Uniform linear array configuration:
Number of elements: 24
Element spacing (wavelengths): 0.5
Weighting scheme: blackman
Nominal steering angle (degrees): -45
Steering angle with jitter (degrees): -44.206
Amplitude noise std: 0.05
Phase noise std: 0.05

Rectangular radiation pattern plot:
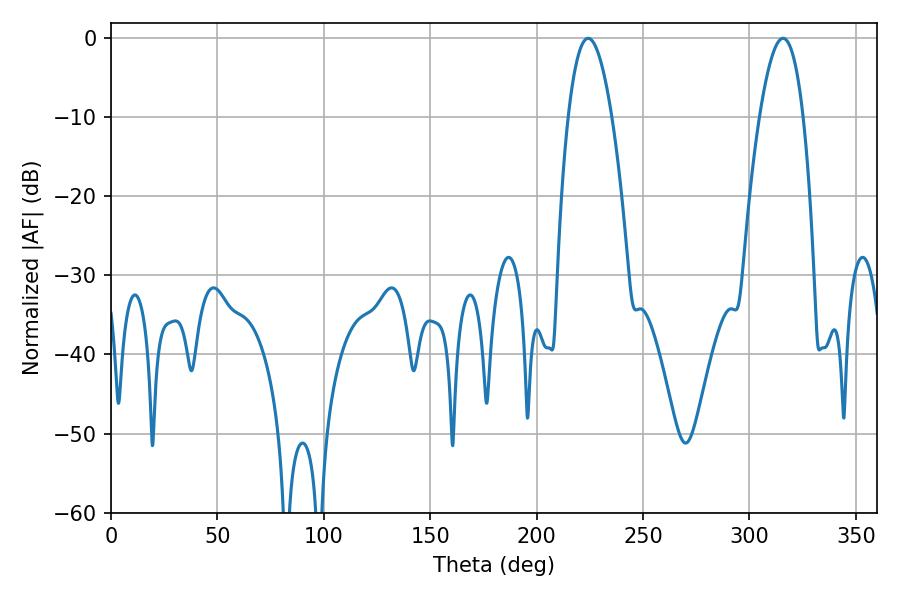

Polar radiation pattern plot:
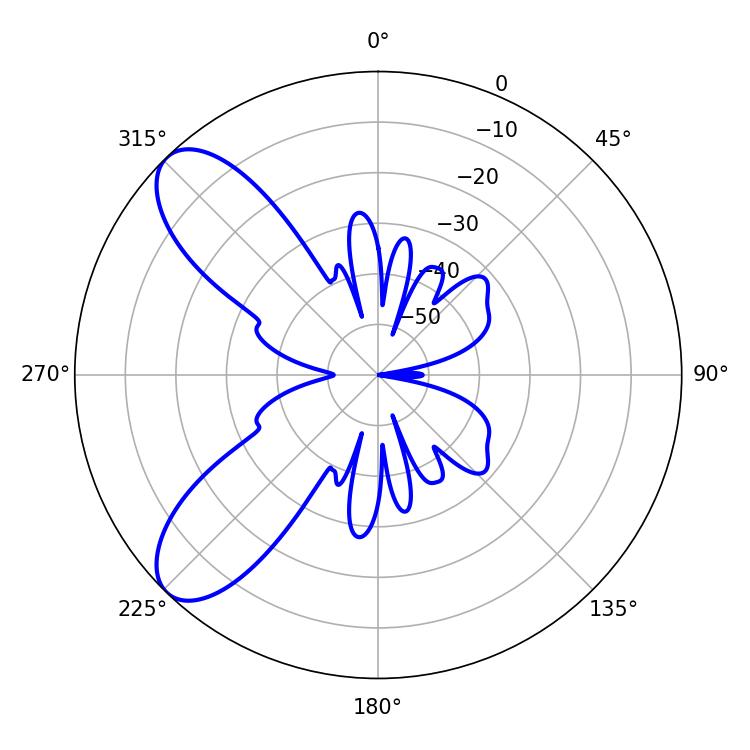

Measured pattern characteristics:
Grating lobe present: FALSE
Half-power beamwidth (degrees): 11.16
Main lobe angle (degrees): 224.28